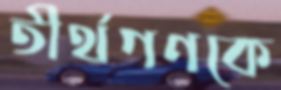
তীর্থগণকে